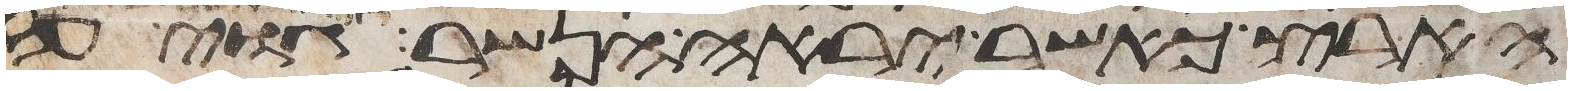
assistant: הארץ כאשר יראה הנשר גוי